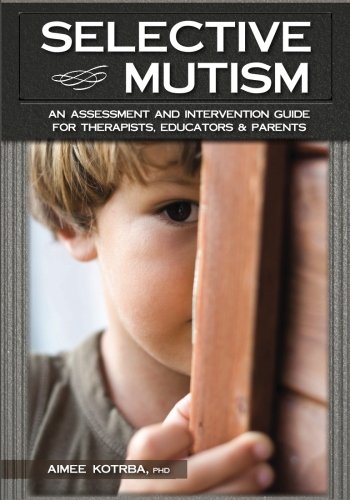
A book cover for Selective Mutism: An Assessment and Intervention Guide for Therapists, Educators & Parents; Aimee Kotrba; Health, Fitness & Dieting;